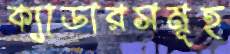
ক্যাডারসমূহ